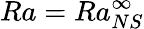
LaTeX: Ra=Ra_{NS}^{\infty}